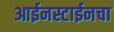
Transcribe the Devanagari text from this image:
आईनस्टाईनचा